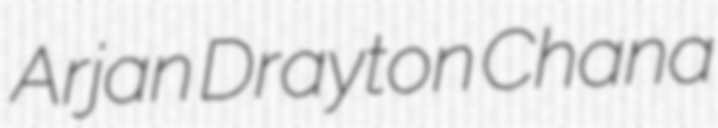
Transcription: Arjan Drayton Chana